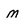
Character: m